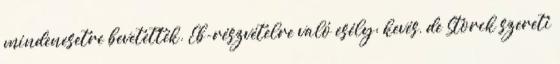
mindenesetre bevetették. Eb-részvételre való esély: kevés, de Storck szereti